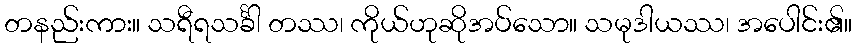
တနည်းကား။ သရီရသင်္ခါ တဿ၊ ကိုယ်ဟုဆိုအပ်သော။ သမုဒါယဿ၊ အပေါင်း၏။